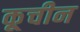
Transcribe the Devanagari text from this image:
कूचीन